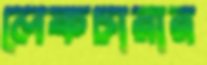
লেকচারার